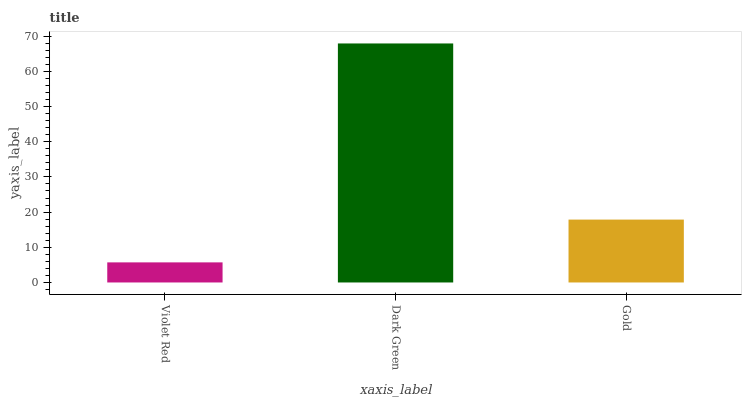
| xaxis_label | bars |
 | --- | --- |
 | Violet Red | 5.71 |
 | Dark Green | 67.9 |
 | Gold | 17.9 |